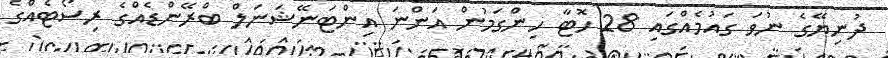
ދުނިޔޭގެ ނުވަ ގައުމެއްގައި 28 ހޮޓާ ހިންގަމުން އަންނަ އިންޓަނޭޝަނަލް ބްރޭންޑެއްގެ ރިސޯޓެއްގެ